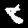
Label: 8